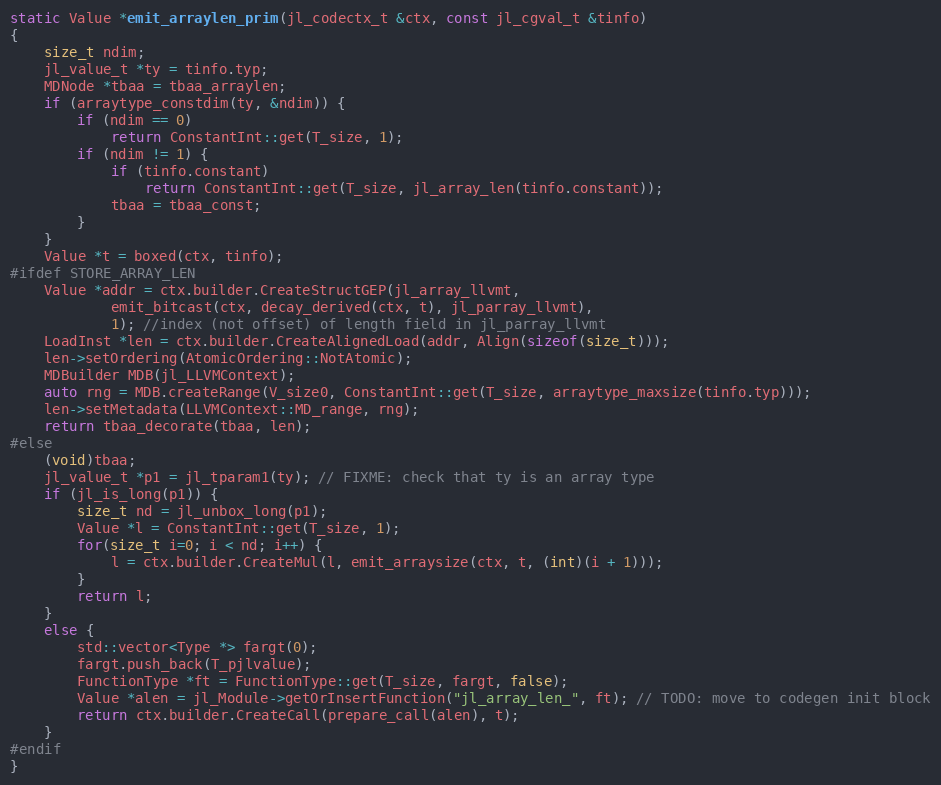
Language: C++
static Value *emit_arraylen_prim(jl_codectx_t &ctx, const jl_cgval_t &tinfo)
{
    size_t ndim;
    jl_value_t *ty = tinfo.typ;
    MDNode *tbaa = tbaa_arraylen;
    if (arraytype_constdim(ty, &ndim)) {
        if (ndim == 0)
            return ConstantInt::get(T_size, 1);
        if (ndim != 1) {
            if (tinfo.constant)
                return ConstantInt::get(T_size, jl_array_len(tinfo.constant));
            tbaa = tbaa_const;
        }
    }
    Value *t = boxed(ctx, tinfo);
#ifdef STORE_ARRAY_LEN
    Value *addr = ctx.builder.CreateStructGEP(jl_array_llvmt,
            emit_bitcast(ctx, decay_derived(ctx, t), jl_parray_llvmt),
            1); //index (not offset) of length field in jl_parray_llvmt
    LoadInst *len = ctx.builder.CreateAlignedLoad(addr, Align(sizeof(size_t)));
    len->setOrdering(AtomicOrdering::NotAtomic);
    MDBuilder MDB(jl_LLVMContext);
    auto rng = MDB.createRange(V_size0, ConstantInt::get(T_size, arraytype_maxsize(tinfo.typ)));
    len->setMetadata(LLVMContext::MD_range, rng);
    return tbaa_decorate(tbaa, len);
#else
    (void)tbaa;
    jl_value_t *p1 = jl_tparam1(ty); // FIXME: check that ty is an array type
    if (jl_is_long(p1)) {
        size_t nd = jl_unbox_long(p1);
        Value *l = ConstantInt::get(T_size, 1);
        for(size_t i=0; i < nd; i++) {
            l = ctx.builder.CreateMul(l, emit_arraysize(ctx, t, (int)(i + 1)));
        }
        return l;
    }
    else {
        std::vector<Type *> fargt(0);
        fargt.push_back(T_pjlvalue);
        FunctionType *ft = FunctionType::get(T_size, fargt, false);
        Value *alen = jl_Module->getOrInsertFunction("jl_array_len_", ft); // TODO: move to codegen init block
        return ctx.builder.CreateCall(prepare_call(alen), t);
    }
#endif
}